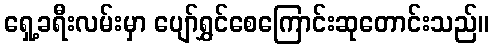
ရှေ့ခရီးလမ်းမှာ ပျော်ရွှင်စေကြောင်းဆုတောင်းသည်။